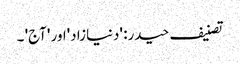
تصنیف حیدر: 'دنیازاد'اور 'آج' ۔